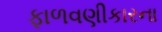
ફાળવણીકારના